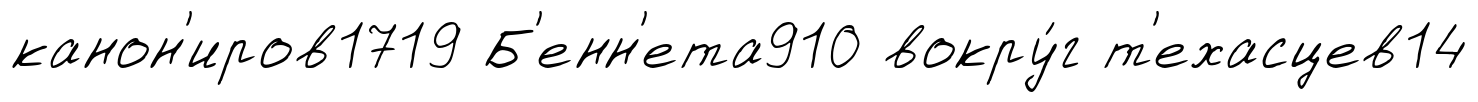
канон'иров1719 Б'енн'ета910 вокру́г т'ехасцев14